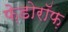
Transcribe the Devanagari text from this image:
फ़ेडोरॉफ़